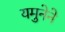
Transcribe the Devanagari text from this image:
यमुनेने